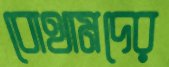
বোথামদের